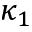
\kappa _ { 1 }